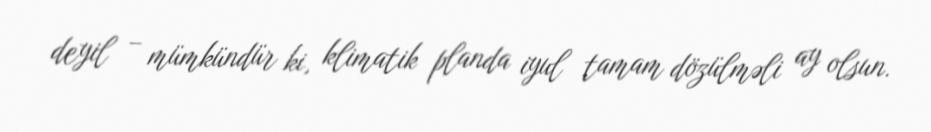
deyil – mümkündür ki, klimatik planda iyul tamam dözülməli ay olsun.